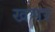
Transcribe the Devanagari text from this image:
खभर